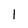
Character: 1